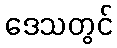
ဒေသတွင်